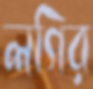
লগির